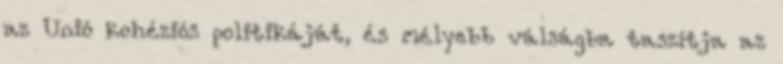
az Unió kohéziós politikáját, és mélyebb válságba taszítja az